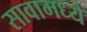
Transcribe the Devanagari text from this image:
सावामध्ये